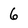
Character: 6